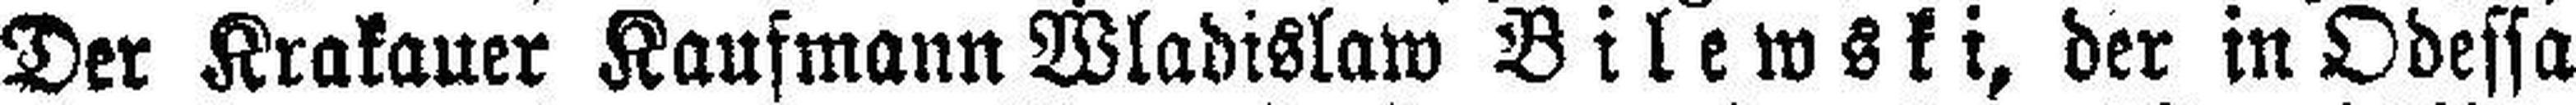
Der Krakauer Kaufmann Wladislaw Bilewski, der in Odessa